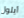
أيلول